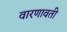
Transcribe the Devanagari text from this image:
वारणावती